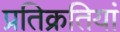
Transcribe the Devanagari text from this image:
प्रतिक्रतियां